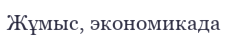
Жұмыс, экономикада